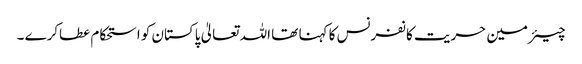
چیئرمین حریت کانفرنس کا کہنا تھا اللہ تعالیٰ پاکستان کو استحکام عطاکرے ۔